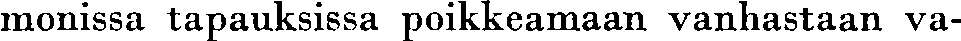
monissa tapauksissa poikkeamaan vanhastaan va-